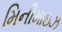
મિનીમાઇઝ